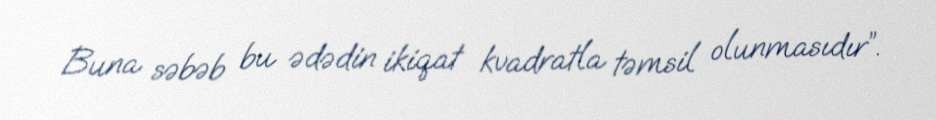
Buna səbəb bu ədədin ikiqat kvadratla təmsil olunmasıdır”.